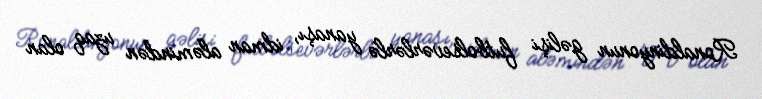
Ronaldinyonun gəlişi futbolsevərlərlə yanaşı, idman aləmindən uzaq olan